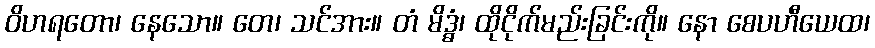
ဝိဟရတော၊ နေသော။ တေ၊ သင်အား။ တံ မိဒ္ဓံ၊ ထိုငိုက်မည်းခြင်းကို။ နော စေပဟီယေထ၊